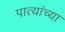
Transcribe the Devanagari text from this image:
पात्यांच्या